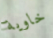
خاوية